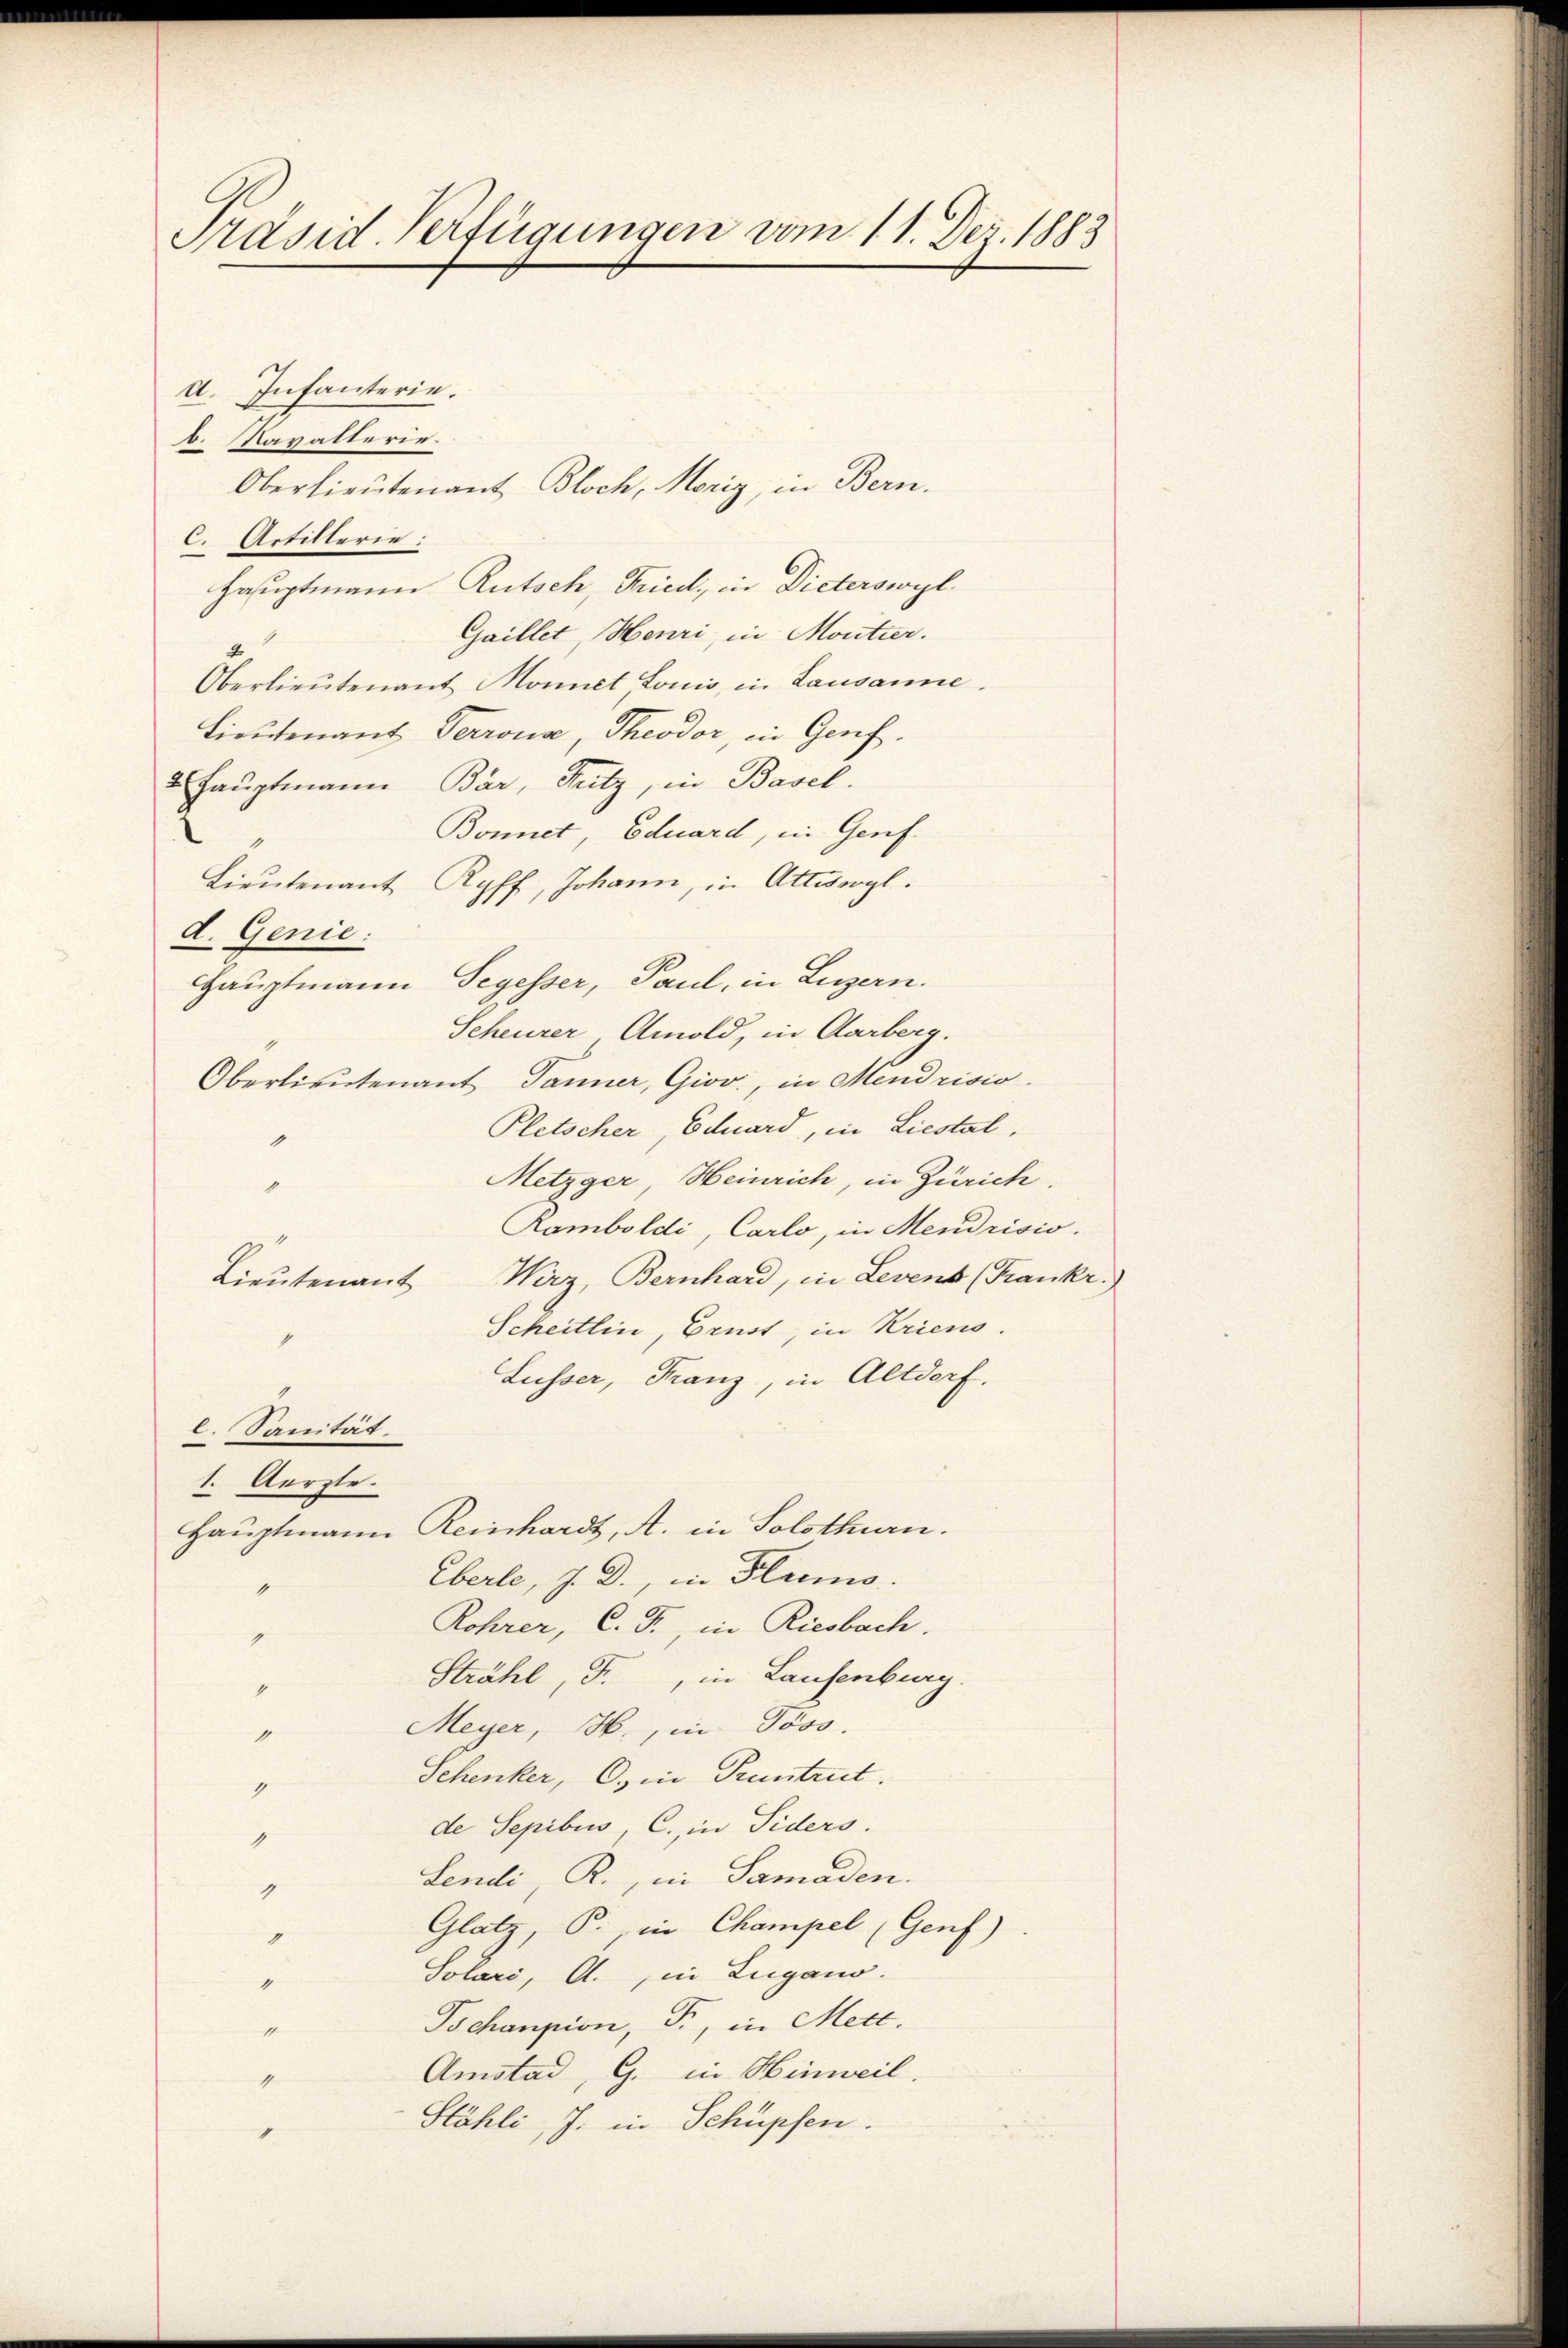
Präsid. Verfügungen vom 11. Dez. 1883

d. Infanterie.
b. Navalterie.
Oberlieutenant Bloch, Monig, in Bern.
C. Artillerie:
Hauptmann Rutsch, Fried, in Dieterswyl
Gaillet, Henri, in Montier.
2
Oberlieŭtenant Monnet Louis, in Lausanne.
Lieutenant Terrona, Theodor in Genf.
2 Hauptmann Bär, Hutz, in Basel.
Bonnet, Eduard, in Genf.
Lieutenant Ryff, Johann, in Attiswyl.
d. Genie:
Hauptmann Segesser, Paul, in Luzern.
Scheurer Amold, in Aarberg.
Oberlieutenant Jänner, Giov., in Mendrisio
Pletscher Eduard, in Liestal.
1
Metzger, Heinrich, in Zürich.
Kamboldi, Carlo, in Mendrisis.
Wirz, Bernhard, in Levent (Trankr.)
Lieutenant
Scheitlin, Brust, in Kriens.
1
Lusser, Franz, in Altdorf.
l. Sanität.
1. Aerzte.
Hauptmann Reinhardt, A. in Solothurn.
Eberle, J. D., in Pleno.
1
Rohrer, C. J., in Riesbach.
9
Strahl, F., in Laufenburg.
1
Meyer, H., in Pöss.
g
Schenker, C. in Pruntrut.
9
de Sepibus, C. in Siders.
1
Lendi, R., in Samaden.
g
Glatz, P., in Champel (Genf)
9
Solari, A., in Lugano.
“
Tschanpion, Fr, in Mett.
14.
Amstad, G. in Hinweil.
4
Stähli, J. in Schüpfen.